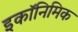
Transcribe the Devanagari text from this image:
इकॉनिमिक